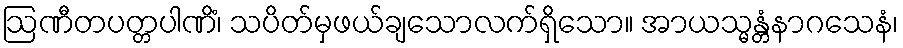
ဩဏီတပတ္တပါဏိံ၊ သပိတ်မှဖယ်ချသောလက်ရှိသော။ အာယသ္မန္တံနာဂသေနံ၊